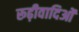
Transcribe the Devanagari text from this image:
रूढ़ीवादिओं